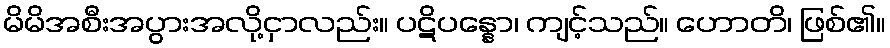
မိမိအစီးအပွားအလို့ငှာလည်း။ ပဋိပန္နော၊ ကျင့်သည်။ ဟောတိ၊ ဖြစ်၏။